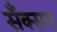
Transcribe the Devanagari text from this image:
सँक्सन